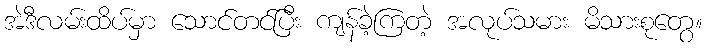
အဲဒီလမ်းထိပ်မှာ သောင်တင်ပြီး ကျန်ခဲ့ကြတဲ့ အလုပ်သမား မိသားစုတွေ။